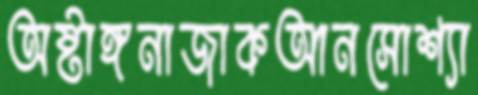
অষ্টাঙ্গনাজাকআনসোশ্যা